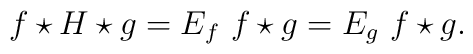
f\star H\star g= E_f ~f\star g =E_g ~f\star g.